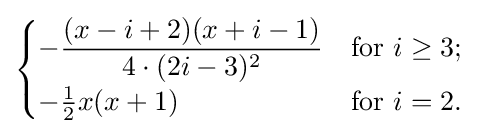
{\begin{cases}-{\dfrac {(x-i+2)(x+i-1)}{4\cdot (2i-3)^{2}}}&{\text{for }}i\geq 3;\\[4px]-{\frac {1}{2}}x(x+1)&{\text{for }}i=2.\end{cases}}